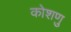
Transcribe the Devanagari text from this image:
कोशणु